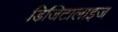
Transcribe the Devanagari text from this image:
डिजिटालाइज